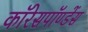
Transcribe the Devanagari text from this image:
कॉरेसपॉण्डेंस